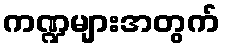
ကဏ္ဍများအတွက်